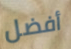
أفضل